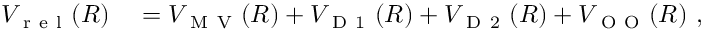
\begin{array} { r l } { V _ { \mathrm { ~ r ~ e ~ l ~ } } ( R ) } & { { } = V _ { \mathrm { ~ M ~ V ~ } } ( R ) + V _ { \mathrm { ~ D ~ 1 ~ } } ( R ) + V _ { \mathrm { ~ D ~ 2 ~ } } ( R ) + V _ { \mathrm { ~ O ~ O ~ } } ( R ) \ , } \end{array}